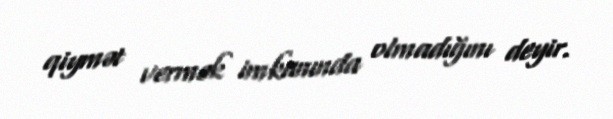
qiymət vermək imkanında olmadığını deyir.